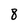
Character: 8